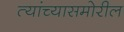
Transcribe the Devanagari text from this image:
त्यांच्यासमोरील